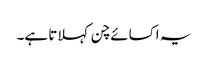
یہ اکسائے چن کہلاتا ہے۔